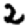
Digit: 2